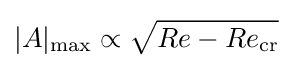
|A|_{\mathrm {max} }\propto {\sqrt {Re-Re_{\mathrm {cr} }}}